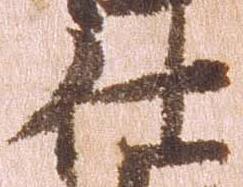
仕